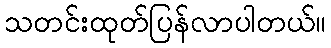
သတင်းထုတ်ပြန်လာပါတယ်။